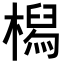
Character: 𣚔